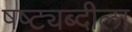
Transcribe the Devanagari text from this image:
षष्ट्यब्दीला